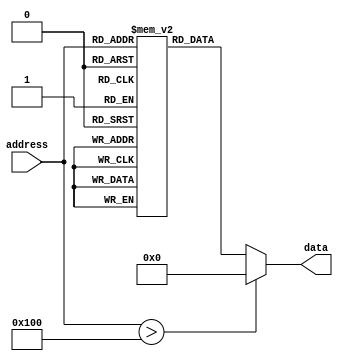
module instruction_memory(
	
    input wire [7:0] address,  
    output reg [31:0] data    
);


reg [31:0] Imemory [0:255];


initial begin

Imemory[0] = 32'b00001100000000010000000000100011;
Imemory[1] = 32'b00000100000000010000000000000000;
Imemory[2] = 32'b00001100000000010000000000101111;
Imemory[3] = 32'b00000100000000010000000000000001;
Imemory[4] = 32'b00001100000000010000000000011010;
Imemory[5] = 32'b00000100000000010000000000000010;
Imemory[6] = 32'b00001011100010000000000000000000;
Imemory[7] = 32'b00001011100010010000000000000001;
Imemory[8] = 32'b00000001001010000100000000000000;
Imemory[9] = 32'b00001011100010100000000000000010;
Imemory[10] = 32'b00000001010010100101000000000000;
Imemory[11] = 32'b00000001000010100100000000000001;
Imemory[12] = 32'b00001101000010000000000000000001;
Imemory[13] = 32'b00000000000010000100000000000001;

end



always @(address) begin
  if (address > 256) 
          data = {32{1'b0}};
  else
          data = Imemory[address];
end




endmodule